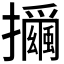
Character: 𰔻